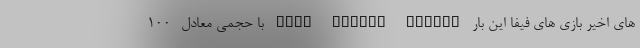
های اخیر بازی های فیفا این بار FIFA Mobile Soccer با حجمی معادل -100